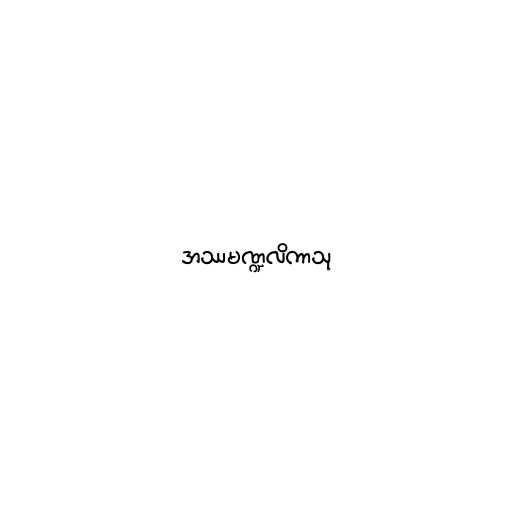
အဿမဏ္ဍလိကာသု